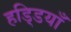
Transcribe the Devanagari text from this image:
हडि्डयाँ